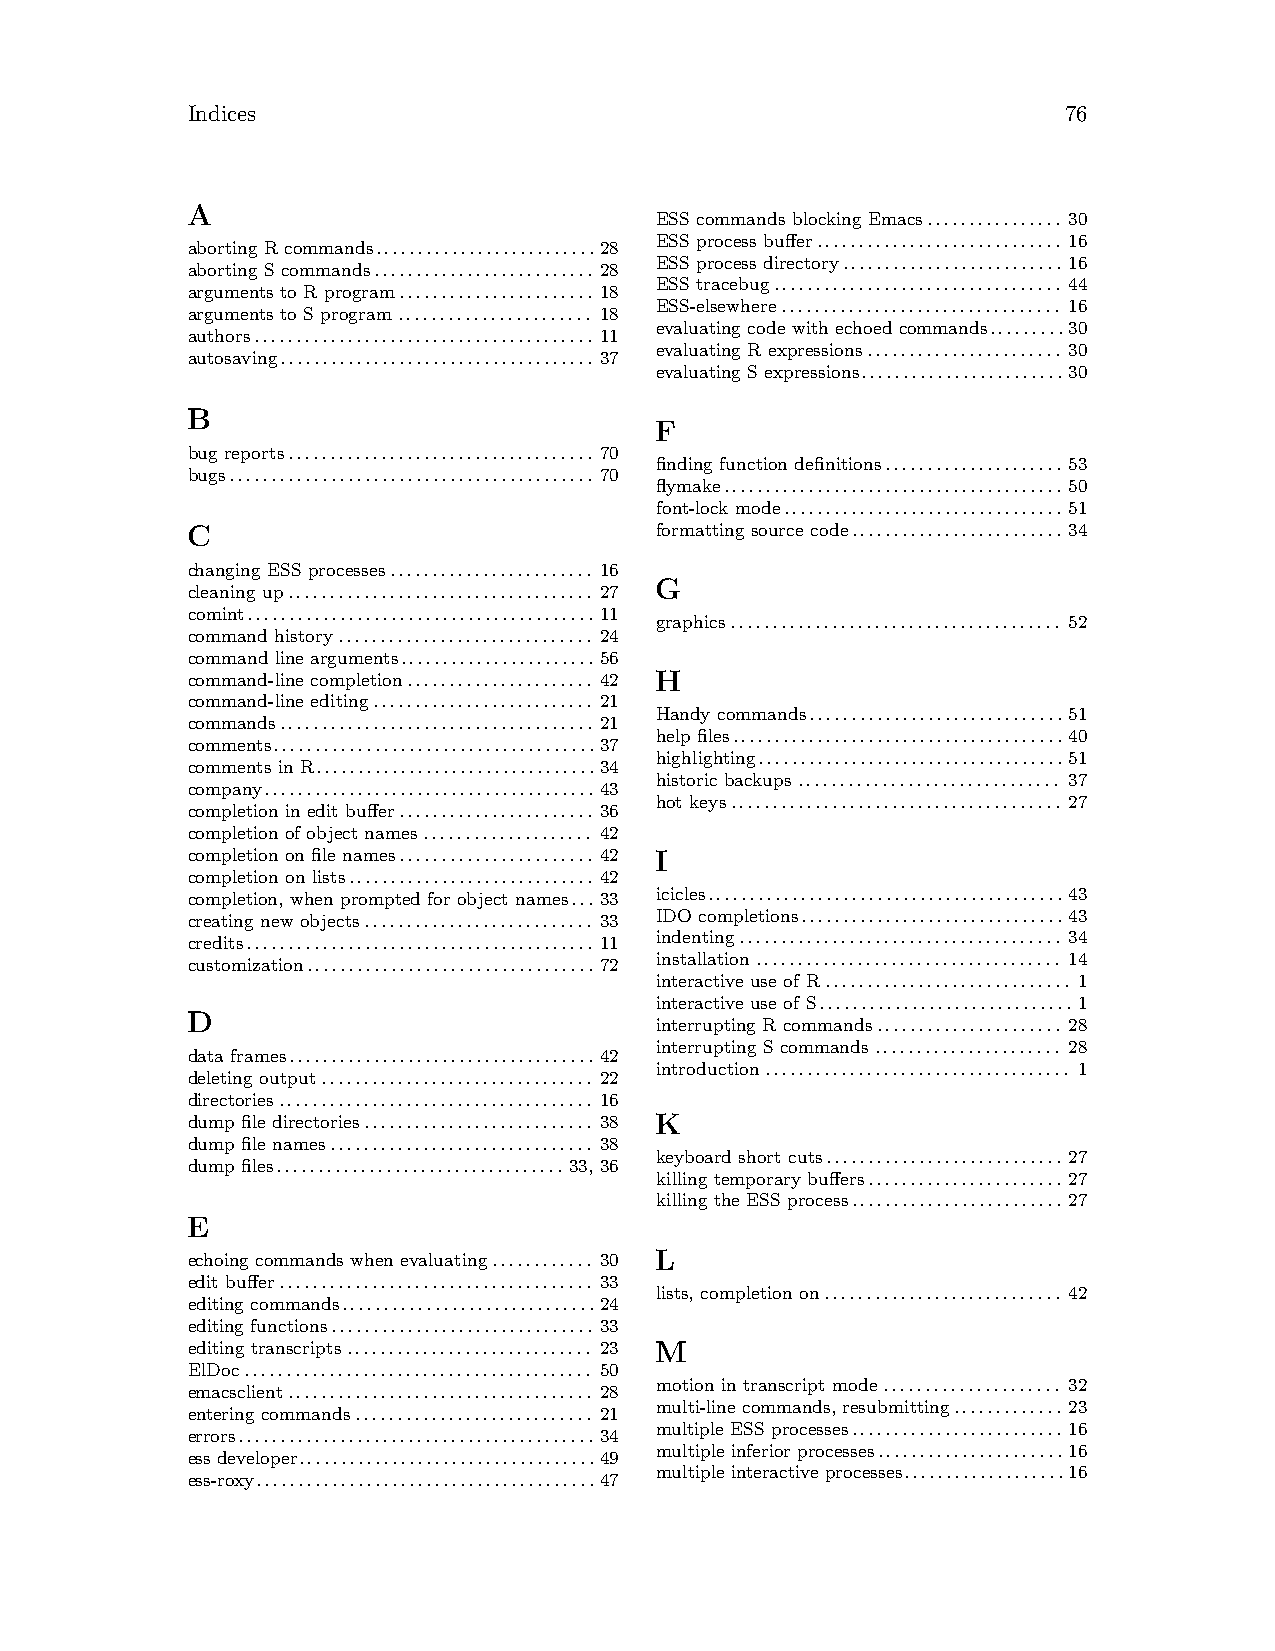
Indices                                                   76
 A
 ESS commands blocking Emacs................ 30
 ESS process buffer............................. 16
 aborting R commands..........................28
 ESS process directory.......................... 16
 aborting S commands.......................... 28
 ESS tracebug.................................. 44
 arguments to R program....................... 18
 ESS-elsewhere................................. 16
 arguments to S program....................... 18
 evaluating code with echoed commands.........30
 authors........................................ 11
 evaluating R expressions....................... 30
 autosaving..................................... 37
 evaluating S expressions........................30
 B
 F
 bug reports.................................... 70
 finding function definitions..................... 53
 bugs........................................... 70
 flymake........................................ 50
 font-lock mode.................................51
 C                              formatting source code......................... 34
 changing ESS processes........................ 16
 G
 cleaning up.................................... 27
 comint.........................................11
 graphics....................................... 52
 command history.............................. 24
 command line arguments.......................56
 command-line completion...................... 42 H
 command-line editing.......................... 21
 Handy commands..............................51
 commands..................................... 21
 help files.......................................40
 comments......................................37
 highlighting....................................51
 comments in R.................................34
 historic backups............................... 37
 company.......................................43
 hot keys....................................... 27
 completion in edit buffer....................... 36
 completion of object names.................... 42
 completion on file names....................... 42 I
 completion on lists............................. 42
 completion, when prompted for object names...33 icicles..........................................43
 creating new objects........................... 33 IDO completions...............................43
 credits......................................... 11 indenting...................................... 34
 customization..................................72 installation.................................... 14
 interactive use of R............................. 1
 interactive use of S..............................1
 D
 interrupting R commands...................... 28
 interrupting S commands...................... 28
 data frames.................................... 42
 introduction.................................... 1
 deleting output................................ 22
 directories..................................... 16
 dump file directories........................... 38 K
 dump file names............................... 38
 keyboard short cuts............................ 27
 dump files..................................33, 36
 killing temporary buffers....................... 27
 killing the ESS process......................... 27
 E
 echoing commands when evaluating............ 30 L
 edit buffer..................................... 33
 lists, completion on............................ 42
 editing commands..............................24
 editing functions............................... 33
 editing transcripts............................. 23 M
 ElDoc......................................... 50
 motion in transcript mode..................... 32
 emacsclient.................................... 28
 multi-line commands, resubmitting............. 23
 entering commands............................ 21
 multiple ESS processes......................... 16
 errors..........................................34
 multiple inferior processes......................16
 ess developer...................................49
 multiple interactive processes...................16
 ess-roxy........................................47